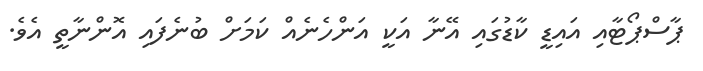
ޕާސްޕޯޓާއި އައިޑީ ކާޑުގައި އޭނާ އަކީ އަންހެނެއް ކަމަށް ބުނެފައި އޮންނާތީ އެވެ.